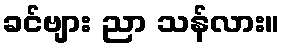
ခင်ဗျား ညာ သန်လား။